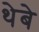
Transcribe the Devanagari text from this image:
थेबे